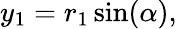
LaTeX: \begin{array}{r}{y_{1}=r_{1}\sin(\alpha),}\end{array}